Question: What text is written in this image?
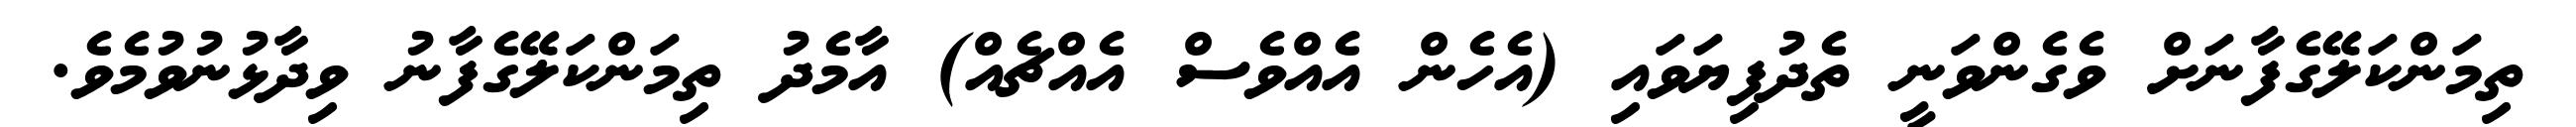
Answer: ތިމަންކަލޭގެފާނަށް ވެގެންވަނީ ތެދުފިޔަވައި (އެހެން އެއްވެސް އެއްޗެއް) އާމެދު ތިމަންކަލޭގެފާނު ވިދާޅުނުވުމެވެ.